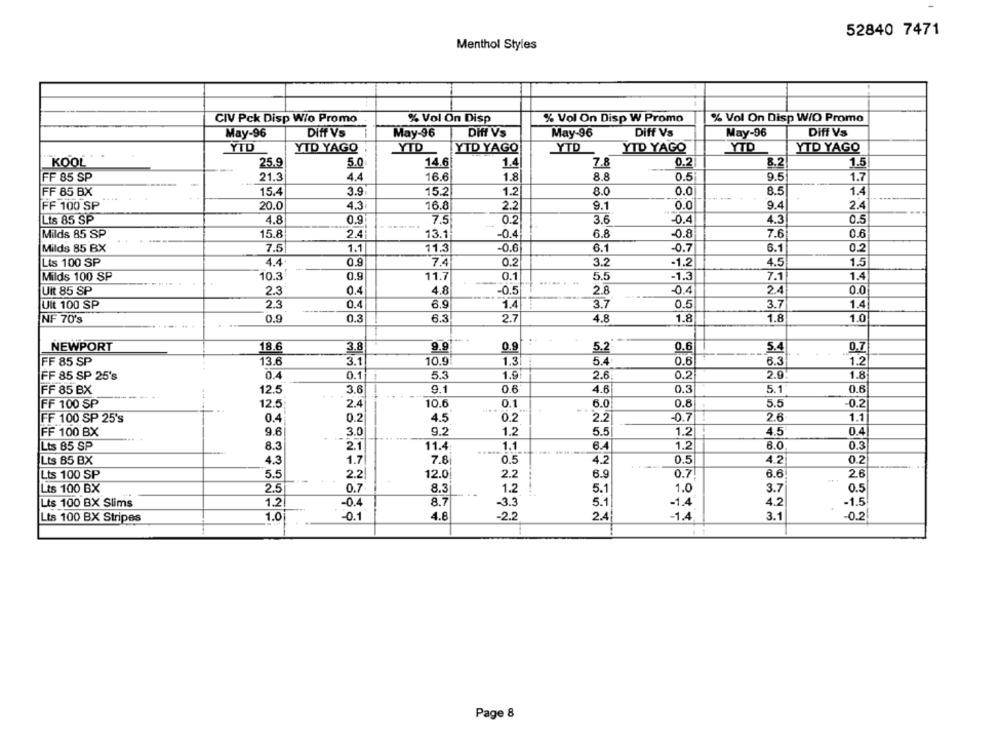
52840 7471
Menthol Styles
CIV Pck Disp Wio Promo
% Vol On Disp W Promo
% Vol On Disp W/O Promo
% Vol On Disp
May-96
Diff Vs
May-96
Diff Vs
May-96
Diff Vs
May-96
Diff Vs
YID
YTD YAGO
YTD
YTD YAGO
YTD
YID YAGO
YTD
YTD YAGO
KOOL
25.9
14.6
1.4
7.8
0.2
8.2
1.5
5.0
FF 85 SP
21.3
4.4
16.6
1.8
8.8
0.5
9.5
1.7
FF 85 BX
15.4
3.9
15.2
1.2
8.0
0.0
8.5
1.4
FF 100 SP
20.0
4.3
16.8
2.2
9.1
0.0
9.4
2.4
Lts 85 SP
4.8
0.9
7.5
0.2
3.6
-0.4
4.3
0.5
Milds 85 SP
15.8
2.4
13.1
-0.4
6.8
-0.8
7.6
0.6
Milds 85 BX
7.5
1.1
11.3
-0.6
6.1
-0.7
6.1
0.2
Lis 100 SP
4.4.
0.9
7.4
0.2
3.2
-1.2
4.5
1.5
10.3!
0.9
1.4
Milds 100 SP
11.7
0.1
..... ...
5.5
-1.3
7.1
0.4
-0.4
2.4
0.0
Uit 85 SP
2.3
4.8
-0.5
2.8
Ult 100 SP
0.4
6.9
3.7
0.5
3.7
1.4
2.3
1.4
NF 70's
0.9
0.3
6.3
2.7
4.8
1.8
1.8
1.0
NEWPORT
18.6
3.8
9.9
0.9
5.2
0.6
5.4
0.7
FF 85 SP
13.6
3.1
10.9
1.3
5.4.
0.6
6.3
1.2
FF 85 SP 25's
0.4
0.1
5.3
1.9!
2.6
0.2
2.9
1.8
FF 85 BX
12.5
3.6
9.1
0.6
4.6
0.3
5.1
0.6
FF 100 SP
12.5
2.4
10.6
0.1
6.0
0.8
5.5
-0.2
FF 100 SP 25's
0.4
0.2
4.5
0.2
2.2
-0.7
2.6
1.1
3.0
5.5
4.5'
0.4
FF 100 BX
9.6
9.2
1.2
1.2
Lts 85 SP
8.3
1.1
6.4
1.2
8.0
0.3
2.1
11.4
Lts 85 BX
4.3
1.7
7.8
0.5
4.2
0.5
4.2
0.2
Lts 100 SP
5.5
2.2
12.0
2.2
6.9
0.7
6.6
2.6
...
Lts 100 BX
2.5
0.7
8.3
1.2
5.1
1.0
3.7
0.5
Lts 100 BX Slims
1.2
-0.4
8.7
-3.3
5.1
-1.4
4.2
-1.5
Lts 100 BX Stripes
1.0
-0.1
4.8
-2.2
2.4
-1.4
3.1
-0.2
Page 8